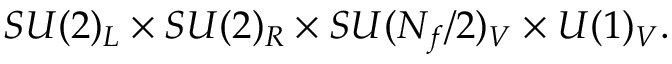
S U ( 2 ) _ { L } \times S U ( 2 ) _ { R } \times S U ( N _ { f } / 2 ) _ { V } \times U ( 1 ) _ { V } .